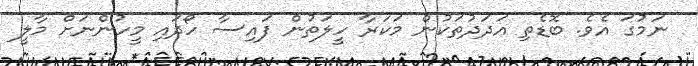
ނަމުގަ އެވެ. ބޮޑެތި އަދަދުތަކުން މަކަރާ ހީލަތުން ފައިސާ ހޯދައި މީހުންނަށް މާލީ